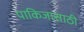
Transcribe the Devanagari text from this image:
पाकिजासाठी